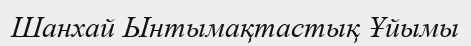
Шанхай Ынтымақтастық Ұйымы